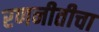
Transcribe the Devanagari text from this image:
रणनीतीचा